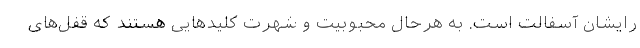
رایشان آسفالت است. به هرحال محبوبیت و شهرت کلیدهایی هستند که قفل‌های